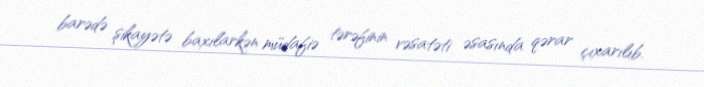
barədə şikayətə baxılarkən müdafiə tərəfinin vəsatəti əsasında qərar çıxarılıb.